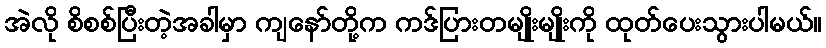
အဲလို စိစစ်ပြီးတဲ့အခါမှာ ကျနော်တို့က ကဒ်ပြားတမျိုးမျိုးကို ထုတ်ပေးသွားပါမယ်။